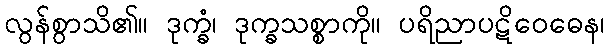
လွန်စွာသိ၏။ ဒုက္ခံ၊ ဒုက္ခသစ္စာကို။ ပရိညာပဋိဝေဓေန၊